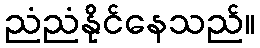
ညံညံနိုင်နေသည်။